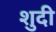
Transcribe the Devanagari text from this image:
शुदी